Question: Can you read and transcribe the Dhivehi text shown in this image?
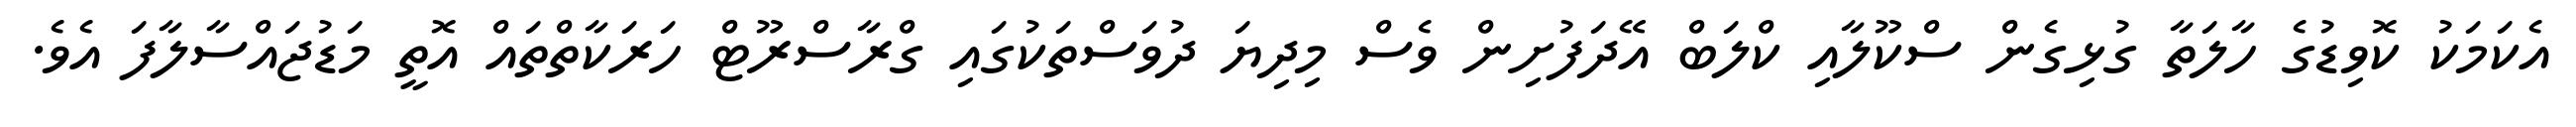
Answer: އެކަމަކު ކޮވިޑުގެ ހާލަތާ ގުޅިގެން ސްކޫލާއި ކްލަބް އޭދަފުށިން ވެސް މިދިޔަ ދުވަސްތަކުގައި ގްރާސްރޫޓް ހަރަކާތްތައް އޮތީ މަޑުޖައްސާލާފަ އެވެ.